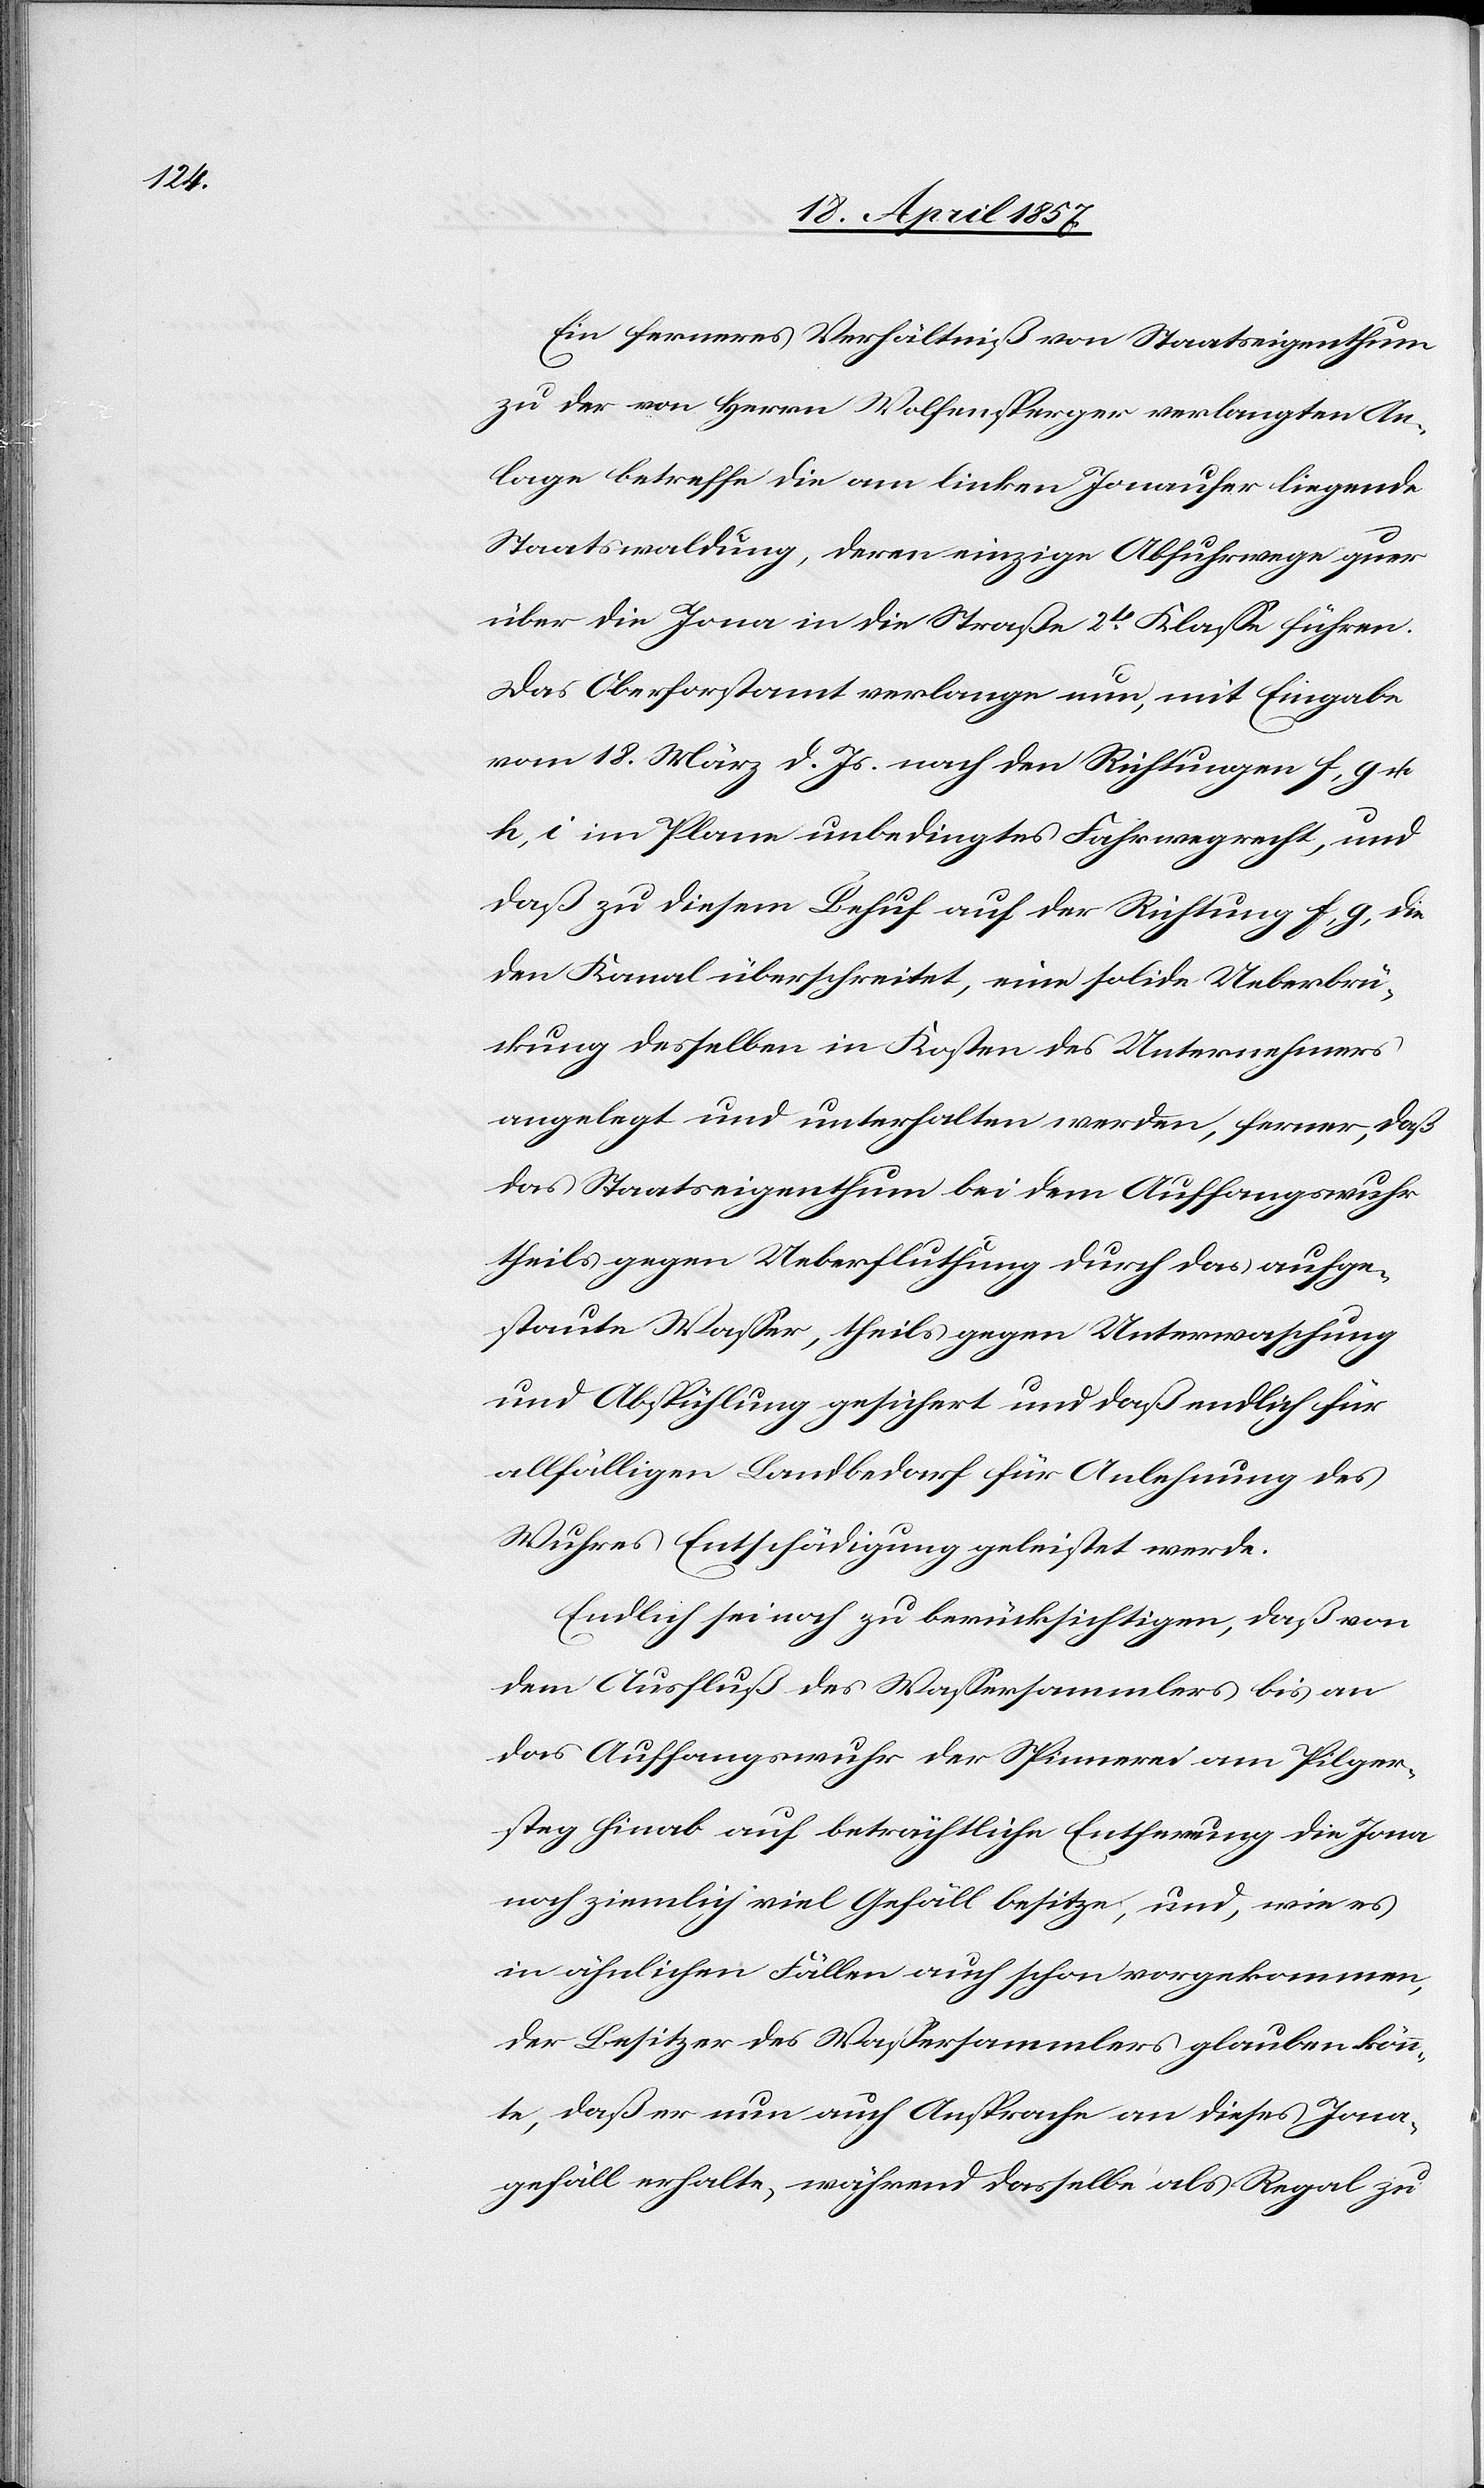
Ein ferneres Verhältniß von Staatseigenthum
zu der von Herrn Wolfensperger verlangten An¬
lage betreffe die am linken Jonaufer liegende
Staatswaldung, deren einzige Abfuhrwege quer
über die Jona in die Straße 2t Klasse führen.
Das Oberforstamt verlange nun, mit Eingabe
vom 18. März d. Js. nach den Richtungen f, g u.
h, i im Plane unbedingtes Fahrwegrecht, und
daß zu diesem Behuf auf der Richtung f, g, die
den Kanal überschreitet, eine solide Ueberbrü¬
ckung desselben in Kosten des Unternehmers
angelegt und unterhalten werden [sic!], ferner, daß
das Staatseigenthum bei dem Auffangswuhr
theils gegen Ueberfluthung durch das aufge¬
staute Wasser, theils gegen Unterwaschung
und Abspühlung gesichert und daß endlich für
allfälligen Landbedarf für Anlehnung des
Wuhres Entschädigung geleistet werde.
Endlich sei noch zu berücksichtigen, daß von
dem Ausfluß des Wassersammlers bis an
das Auffangswuhr der Spinnerei am Pilger¬
steg hinab auf beträchtliche Entfernung die Jona
noch ziemlich viel Gefäll besitze, und, wie es
in ähnlichen Fällen auch schon vorgekommen,
der Besitzer des Wassersammlers glauben könn¬
te, daß er nun auch Ansprache an dieses Jona¬
gefäll erhalte, während dasselbe als Regal zu